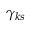
\gamma _ { k s }